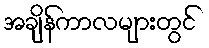
အချိန်ကာလများတွင်